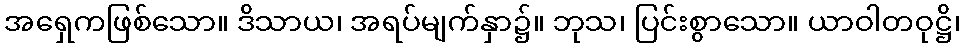
အရှေကဖြစ်သော။ ဒိသာယ၊ အရပ်မျက်နှာ၌။ ဘုသ၊ ပြင်းစွာသော။ ယာဝါတဝုဋ္ဌိ၊